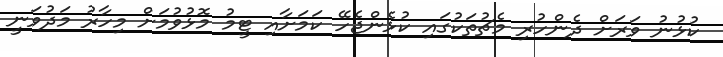
ކުޅުނު ވަރަށް ދެންހުރި މެޗުތަކުގައި ކުޅެންޖެހޭ ކަމަށާއި ޓީމު މޮޅުވުމަށް މިހާރު މަދުވަނީ